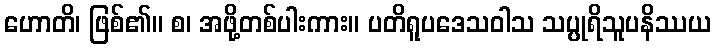
ဟောတိ၊ ဖြစ်၏။ စ၊ အဖို့တစ်ပါးကား။ ပတိရူပဒေသဝါသ သပ္ပုရိသူပနိဿယ